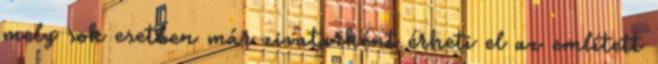
mely sok esetben már zivatarként érheti el az említett